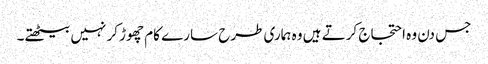
جس دن وہ احتجاج کرتے ہیں وہ ہماری طرح سارے کام چھوڑ کر نہیں بیٹھتے۔